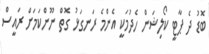
ބޮޑު ދެ ޕާޓީ ކޯލިޝަން ހެދުމަކީ އެންމެ ރަނގަޅު ގޮތް ނޫންކަމަށް ރައީސް